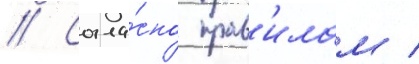
// Согла́сно прав'илам /